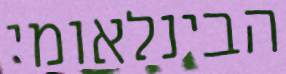
הבינלאומי